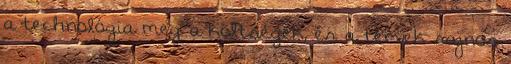
a technológia meg a költségek, és a tervek sajnos